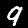
Digit: 9